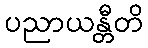
ပညာယန္တီတိ